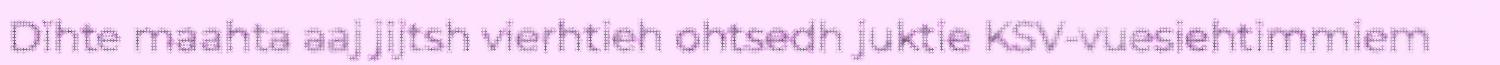
Dïhte maahta aaj jijtsh vierhtieh ohtsedh juktie KSV-vuesiehtimmiem